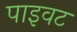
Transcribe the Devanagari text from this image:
पाइवट